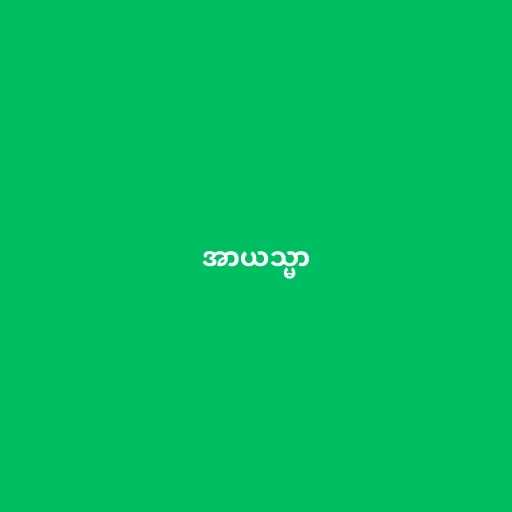
အာယသ္မာ